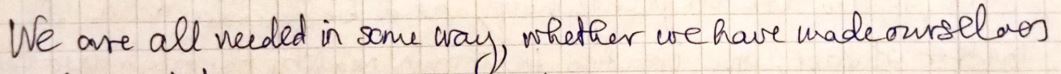
We are all needed in same way, whether we have made oursulous